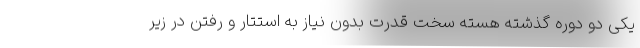
یکی دو دوره گذشته هسته سخت قدرت بدون نیاز به استتار و رفتن در زیر